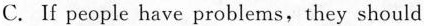
C.f people have problems,they should